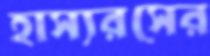
হাস্যরসের